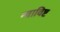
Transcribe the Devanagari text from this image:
न्याविष्ट